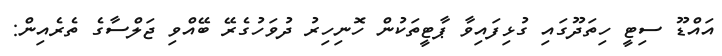
އައްޑޫ ސިޓީ ހިތަދޫގައި ގުޅިފައިވާ ޕާޓީތަކުން ހޮނިހިރު ދުވަހުގެރޭ ބޭއްވި ޖަލްސާގެ ތެރެއިން: